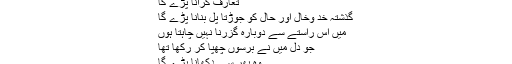
مجھے بیس پچیس برس دورِ ماضی میں جاکر
یہاں پھر سے آنا پڑے گا
تعارف کرانا پڑے گا
گذشتہ خد وخال اور حال کو جوڑتا پُل بنانا پڑے گا
میں اس راستے سے دوبارہ گزرنا نہیں چاہتا ہوں
جو دل میں نے برسوں چھپا کر رکھا تھا
وہ پھر سے دکھانا پڑے گا
زمانہ کسی کو بھلا بخشتا ہی کہاں ہے
اور اس راستے میں زمانہ پڑے گا!